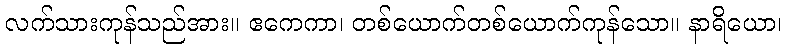
လက်သားကုန်သည်အား။ ဧကေကာ၊ တစ်ယောက်တစ်ယောက်ကုန်သော။ နာရိယော၊